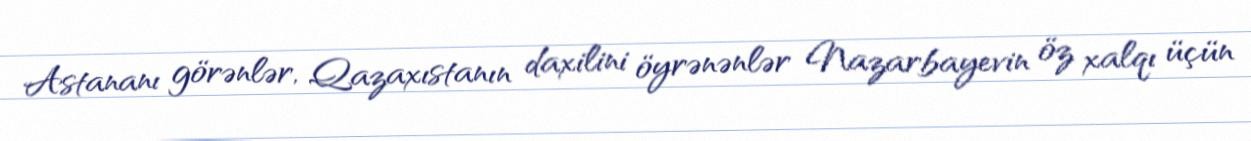
Astananı görənlər, Qazaxıstanın daxilini öyrənənlər Nazarbayevin öz xalqı üçün